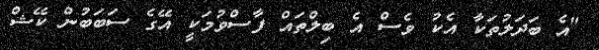
"އެ ބަދަލުތަކާ އެކު ވެސް އެ ބިލްތައް ފާސްވުމަކީ އޭގެ ސަބަބުން ކޭޝް